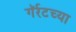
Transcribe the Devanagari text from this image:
गॅर्रटच्या